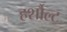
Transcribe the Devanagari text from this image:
हर्शौल्ट